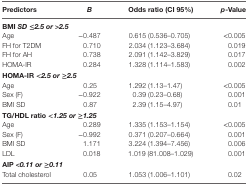
<table><thead><tr><td><b>Predictors</b></td><td><b><i>B</i></b></td><td><b>Odds ratio (CI 95%)</b></td><td><b><i>p</i>-Value</b></td></tr></thead><tbody><tr><td colspan="4"><b>BMI <i>SD ≤2.5 or&gt;2.5</i></b></td></tr><tr><td>Age</td><td>−0.487</td><td>0.615 (0.536–0.705)</td><td> &lt;0.005</td></tr><tr><td>FH for T2DM</td><td>0.710</td><td>2.034 (1.123–3.684)</td><td>0.019</td></tr><tr><td>FH for AH</td><td>0.738</td><td>2.091 (1.142–3.829)</td><td>0.017</td></tr><tr><td>HOMA-IR</td><td>0.284</td><td>1.328 (1.114–1.583)</td><td>0.002</td></tr><tr><td colspan="4"><b>HOMA-IR <i>&lt;2.5 or≥2.5</i></b></td></tr><tr><td>Age</td><td>0.25</td><td>1.292 (1.13–1.47)</td><td> &lt;0.005</td></tr><tr><td>Sex (F)</td><td>−0.922</td><td>0.39 (0.23–0.68)</td><td>0.001</td></tr><tr><td>BMI SD</td><td>0.87</td><td>2.39 (1.15–4.97)</td><td>0.01</td></tr><tr><td colspan="4"><b>TG/HDL ratio <i>&lt;1.25 or≥1.25</i></b></td></tr><tr><td>Age</td><td>0.289</td><td>1.335 (1.153–1.154)</td><td> &lt;0.005</td></tr><tr><td>Sex (F)</td><td>−0.992</td><td>0.371 (0.207–0.664)</td><td>0.001</td></tr><tr><td>BMI SD</td><td>1.171</td><td>3.224 (1.394–7.456)</td><td>0.006</td></tr><tr><td>LDL</td><td>0.018</td><td>1.019 (81.008–1.029)</td><td>0.001</td></tr><tr><td colspan="4"><b>AIP <i>&lt;0.11 or ≥0.11</i></b></td></tr><tr><td>Total cholesterol</td><td>0.05</td><td>1.053 (1.006–1.101)</td><td>0.02</td></tr></tbody></table>